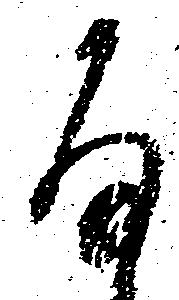
存